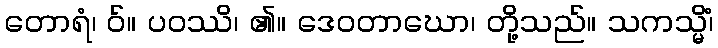
တောရံ၊ ဝ်။ ပဝဿိ၊ ၏။ ဒေဝတာဃော၊ တို့သည်။ သကသ္မိံ၊